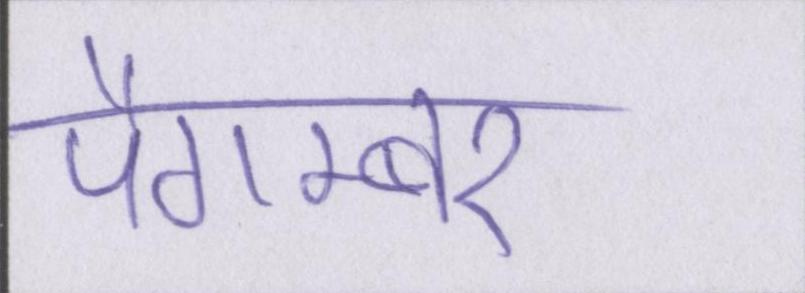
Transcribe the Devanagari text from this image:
पैगम्बर